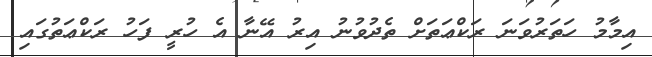
އިމާމު ހަތަރުވަނަ ރަކްޢަތަށް ތެދުވުނު އިރު އޭނާ އެ ހުރީ ފަހު ރަކްޢަތުގައި